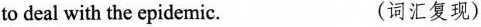
to deal with the epidemic. (词汇复现)